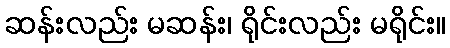
ဆန်းလည်း မဆန်း၊ ရိုင်းလည်း မရိုင်း။